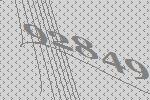
92849